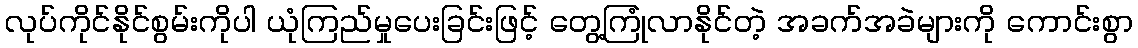
လုပ်ကိုင်နိုင်စွမ်းကိုပါ ယုံကြည်မှုပေးခြင်းဖြင့် တွေ့ကြုံလာနိုင်တဲ့ အခက်အခဲများကို ကောင်းစွာ